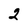
Character: 2